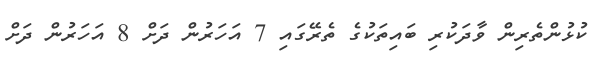
ކުޅުންތެރިން ވާދަކުރި ބައިތަކުގެ ތެރޭގައި 7 އަހަރުން ދަށް 8 އަހަރުން ދަށް